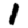
Digit: 1